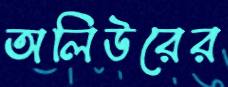
অলিউরের